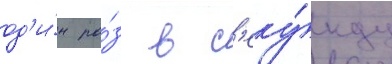
од'и́н ра́з в с'еку́нду